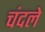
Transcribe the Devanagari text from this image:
चंदले